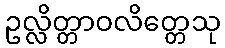
ဥလ္လိတ္တာဝလိတ္တေသု